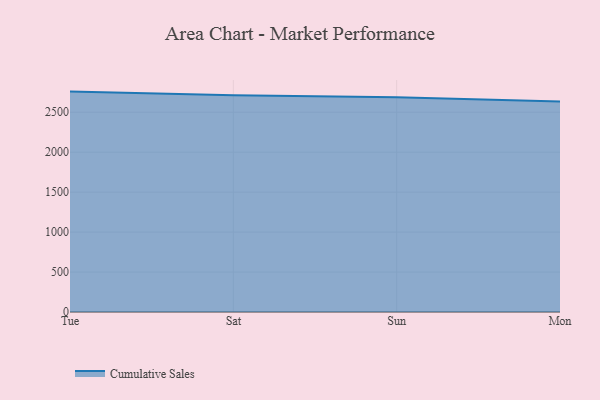
{"axis": {"x": "Day", "y": "Net Income (USD K)"}, "legend": ["Cumulative Sales"], "data": [{"x": "Tue", "y": 2758.2, "type": "Cumulative Sales"}, {"x": "Sat", "y": 2711.5, "type": "Cumulative Sales"}, {"x": "Sun", "y": 2687.5, "type": "Cumulative Sales"}, {"x": "Mon", "y": 2633.2, "type": "Cumulative Sales"}]}